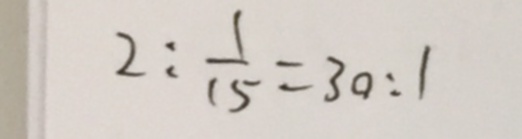
2 : \frac { 1 } { 1 5 } = 3 0 : 1